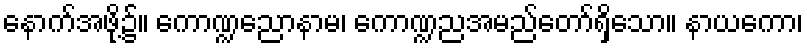
နောက်အဖို့၌။ ကောဏ္ဍညောနာမ၊ ကောဏ္ဍညအမည်တော်ရှိသော။ နာယကော၊